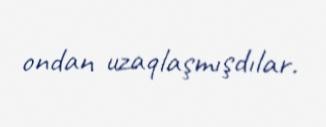
ondan uzaqlaşmışdılar.